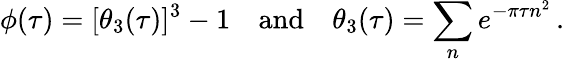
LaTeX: \phi(\tau)=[\theta_{3}(\tau)]^{3}-1\quad\mathrm{and}\quad\theta_{3}(\tau)=\sum_{n}e^{-\pi\tau n^{2}}\, .